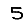
Digit: 5